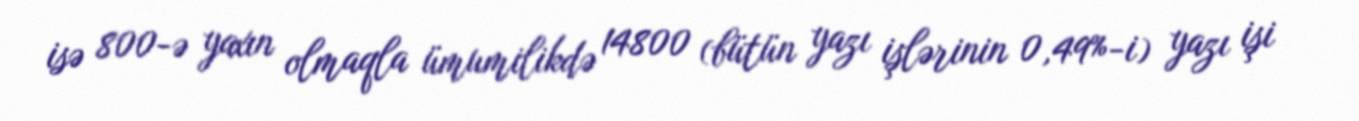
isə 800-ə yaxın olmaqla ümumilikdə 14800 (bütün yazı işlərinin 0,49%-i) yazı işi